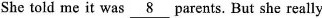
She told me it was \underline{ 8 } parents. But she really